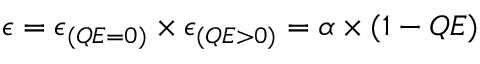
\epsilon = \epsilon _ { ( Q E = 0 ) } \times \epsilon _ { ( Q E > 0 ) } = \alpha \times ( 1 - Q E )